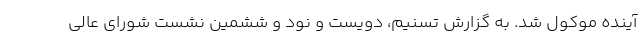
آینده موکول شد. به گزارش تسنیم، دویست و نود و ششمین نشست شورای عالی